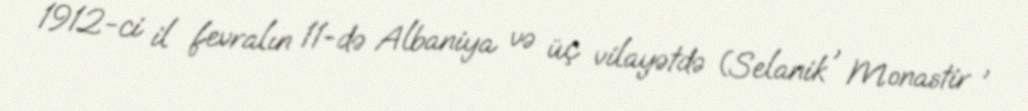
1912-ci il fevralın 11-də Albaniya və üç vilayətdə (Selanik , Monastir ,